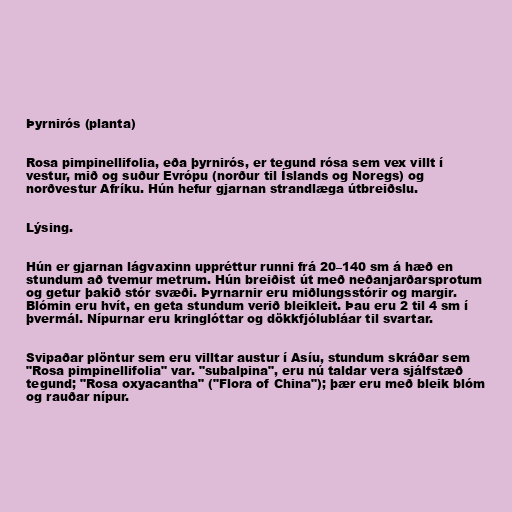
Þyrnirós (planta)

Rosa pimpinellifolia, eða þyrnirós, er tegund rósa sem vex villt í
vestur, mið og suður Evrópu (norður til Íslands og Noregs) og
norðvestur Afríku. Hún hefur gjarnan strandlæga útbreiðslu.

Lýsing.

Hún er gjarnan lágvaxinn uppréttur runni frá 20–140 sm á hæð en
stundum að tvemur metrum. Hún breiðist út með neðanjarðarsprotum
og getur þakið stór svæði. Þyrnarnir eru miðlungsstórir og margir.
Blómin eru hvít, en geta stundum verið bleikleit. Þau eru 2 til 4 sm í
þvermál. Nípurnar eru kringlóttar og dökkfjólubláar til svartar.

Svipaðar plöntur sem eru villtar austur í Asíu, stundum skráðar sem
"Rosa pimpinellifolia" var. "subalpina", eru nú taldar vera sjálfstæð
tegund; "Rosa oxyacantha" ("Flora of China"); þær eru með bleik blóm
og rauðar nípur.